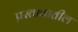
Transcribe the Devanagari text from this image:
प्रस्तावातील